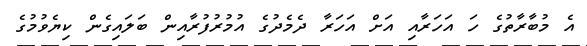
އެ މުބާރާތުގެ ހަ އަހަރާއި އަށް އަހަރާ ދެމެދުގެ އުމުރުފުރާއިން ބަލައިގެން ކިޔެވުމުގެ